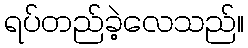
ရပ်တည်ခဲ့လေသည်။